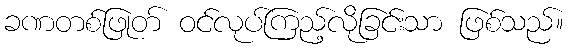
ခဏတစ်ဖြုတ် ဝင်လုပ်ကြည့်လိုခြင်းသာ ဖြစ်သည်။